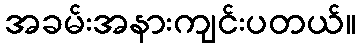
အခမ်းအနားကျင်းပတယ်။